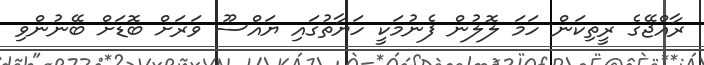
ރާއްޖޭގެ ރީތިކަން ހަމަ ލޮލުން ފެނުމަކީ ހަޔާތުގައި ޔައްސޫ ވަރަށް ބޮޑަށް ބޭނުންވި